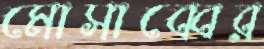
মোসাব্বের